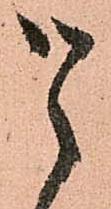
候